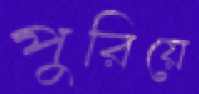
পুরিয়ে